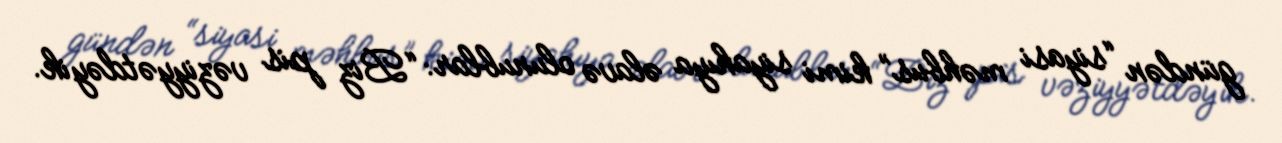
gündən “siyasi məhbus” kimi siyahıya əlavə olunublar: “Biz pis vəziyyətdəyik.